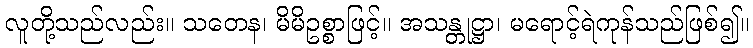
လူတို့သည်လည်း။ သတေန၊ မိမိဥစ္စာဖြင့်။ အသန္တုဋ္ဌာ၊ မရောင့်ရဲကုန်သည်ဖြစ်၍။